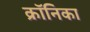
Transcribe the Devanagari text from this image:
क्रॉनिका